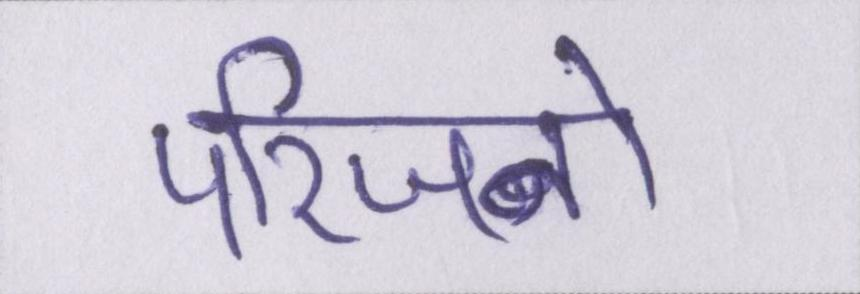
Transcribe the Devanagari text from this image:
परिजनों